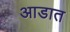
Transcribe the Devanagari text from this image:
आडात